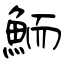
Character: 鮞